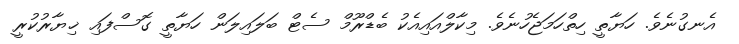
އެނގުނެވެ. ހަޔާތީ ހިތްހަމަޖެހުނެވެ. މިކާލްއައިއެކު ބެޑްރޫމް ސެޓް ބަލައިލަން ހަޔާތީ ގޮސްފައި ޚިޔާރުކުރީ